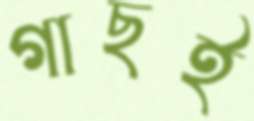
গাছই